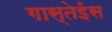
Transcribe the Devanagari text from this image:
गास्तेईस